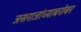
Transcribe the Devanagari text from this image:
जसराजांच्याबरोबर